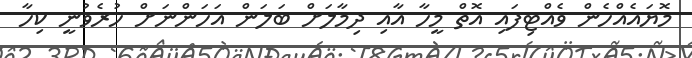
މޮޔައެއްހެން ވެއްޓިފައި އޮތް މީހާ އާއި ދިމާލަށް ބަލަން އަހަންނަށް ހުރެވުނީ ކިހާ